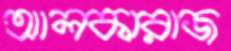
আলকারাজ